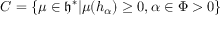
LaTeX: C = \{ \mu \in { \mathfrak { h } } ^ { * } | \mu ( h _ { \alpha } ) \geq 0 , \alpha \in \Phi > 0 \}